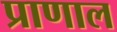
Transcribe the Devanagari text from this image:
प्राणाल